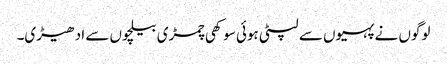
لوگوں نے پہیوں سے لپٹی ہوئی سوکھی چمڑی بیلچوں سے ادھیڑی۔